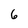
Character: 6